Raikkula_vallavalitsus, lk 3
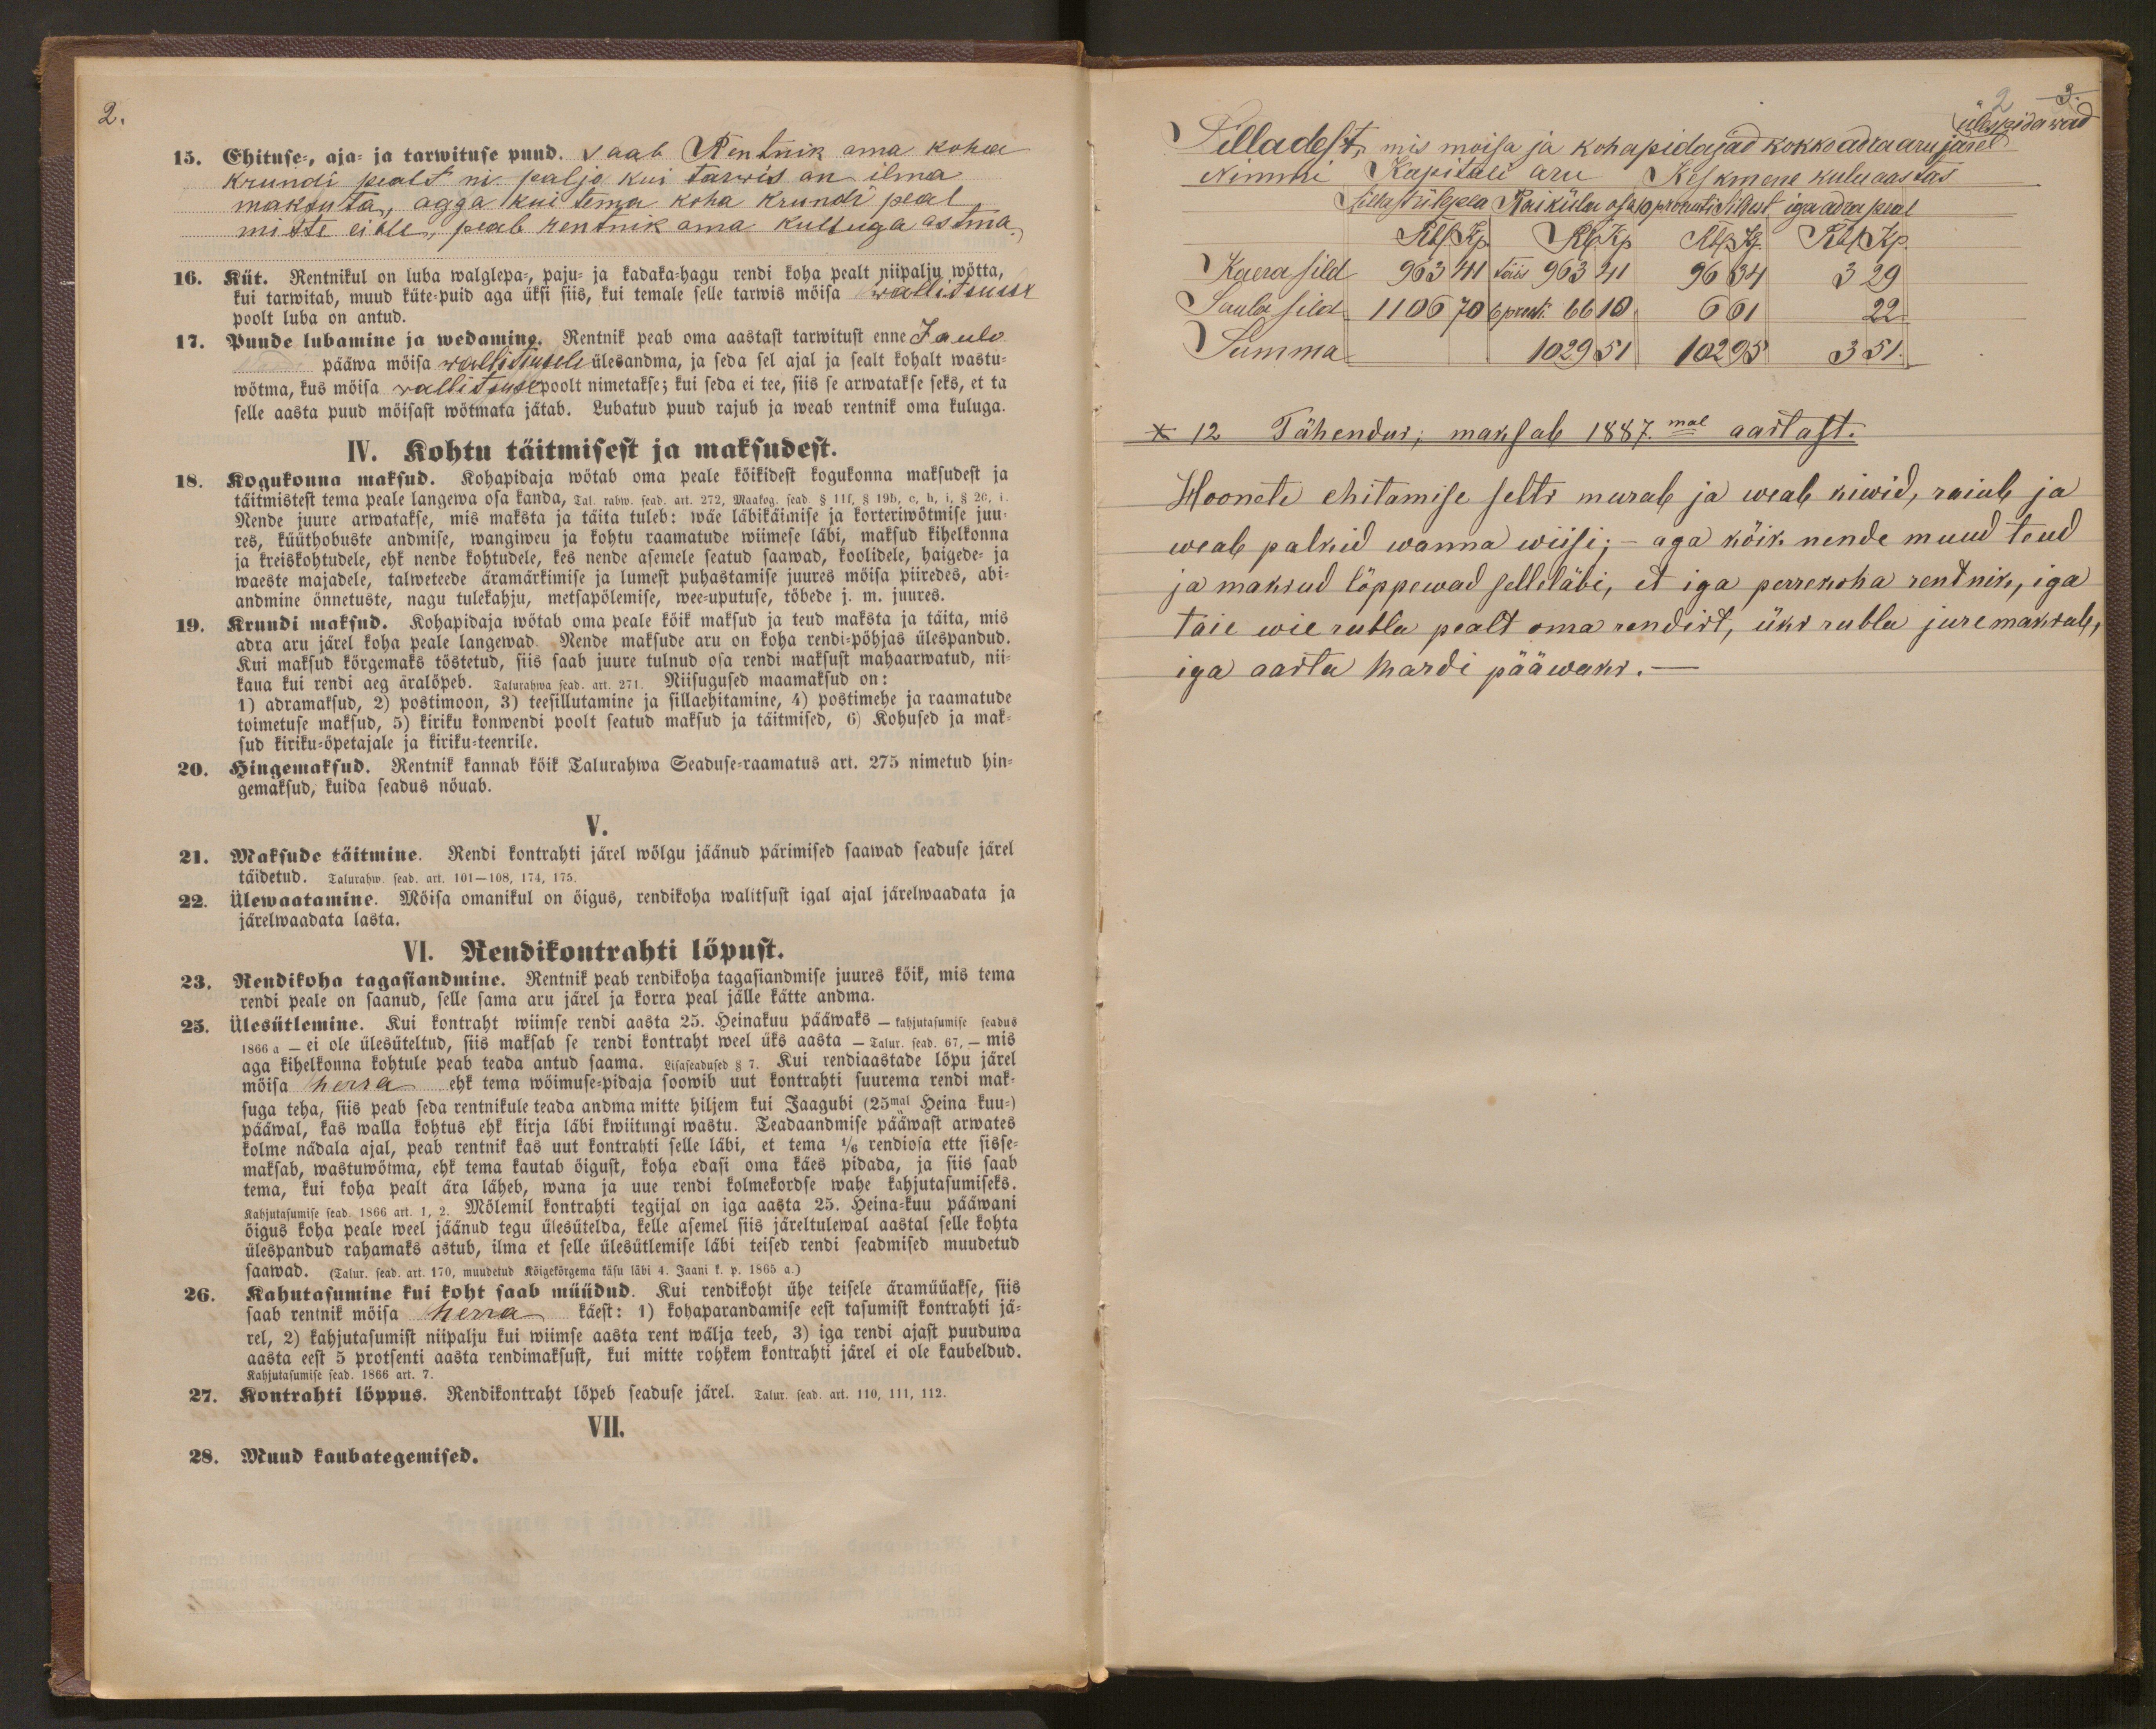
2.

13. Ehituse-, aja ja tarwituse puud. saab Rentnik oma koha
Krundi pealt ni paljo kui tarwis on ilma
maksuta, agga kui tema koha krundi peal
mitte ei ole, peab rentnik oma kulluga ostma,
16. Küt. Rentnikul on luba walglepa-, paju- ja kadaka-hagu rendi koha pealt niipalju wõtta,
kui tarwitab, muud kütepuid aga üksi siis, kui temale selle tarwis mõisa wallitamise
poolt luba on antud.
17. Puude lubamine ja wedamine. Rentnik peab oma aastast tarwitust enne La elo
pääwa mõisa wollistusele ülesandma, ja seda sel ajal ja sealt kohalt wastu-
wõtma, kus mõisa wollituse poolt nimetakse, kui seda ei tee, siis se arwatakse seks, et ta
selle aasta puud mõisast wõtmata jätab. lubatud puud rajub ja weab rentnik oma kuluga.
IV. Kohtu täitmisest ja maksudest.
18. Kogukonna maksud. Kohapidaja wõtab oma peale kõikidest kogukonnas maksadest ja
täitmistest tema peale langewa osa kanda, sai rahw. sead. art. 272. Maakog. sead. § 11f, § 19b, c, b, i,§ 2e i..
Nende juure arwatakse, mis maksta ja täita tuleb: wäe läbikäimise ja korteriwõtmise juu-
res, küüthobuste andmise, wangiweu ja kohtu raamatude wiimese läbi, maksud kihelkonna
ja kreiskohtudele, ehk nende kohtutele, kes nende asemele seatud saawad, koolidele, haigede- ja
waeste majadele, talweteede äramärkimise ja lumest puhastamise juures möisa piiredes, abi-
andmine önnetuste, nagu tulekahju, metsapölemise, wee-uputuse, töbede j. m. juures.
19. Krundi maksud. Kohapidaja wötab oma peale kõik makstud ja teud maksta ja täita, mis
adra aru järel koha peale langewad. Nende maksude aru on koha rendi-põhjas ülespandud.
Kui maksud körgemaks töstetud, siis saab juure tulnud osa rendi maksust mahaarwatud, nii-
kaua kui rendi aeg äralöpeb. Talurahwa sead. art. 27. Niisugused maamaksud on:
1) adramaksud, 2) postimoon, 3) teesillutamine ja sillaehitamine, 4) postimehe ja raamatude
toimetuse maksud, 5) kiriku konwendi poolt seatud maksud ja täitmised, 6) Kohused ja mak-
sud kiriku-õpetajale ja kirku-teenrile.
20. Hingemaksud. Rentnik kannab kõik Talurahwa Seaduse-raamatus art. 276 nimetud hin-
gemaksud, kuida seadus nõuab.
V.
21. Maksude täitmine. Rendi kontrakti järel wölgu jäänud pärimised saawad seaduse järele
täidetud. Talurahw. sead. art. 101 -108, 174 175
22. ülewaatamine. Kõisa omanikul on õigus, rendikoha walitsust igal ajal järelwaadata ja
järelwaadata lasta.
VI. Rendikontrakti lõpust.
23. Rendikoha tagasiandmine. Rentnik peab rendikoha tagasiandmise juures köik, mis tema
rendi peale on saanud, selle sama aru järel ja korra peal jälle kätte andma.
23. Ülesütlemine. Kui kontrakt wiimse rendi aasta 25. Heinaku pääwaks - kahjutasamise seadus
1866 a - ei ole ülesüteltud, siis maksab se rendi kontrakt weel üks aasta - Talur. sead. 67, - mis
aga kihelkonna kohtule peab teada antud saama. Lisaseadused § 7. Kui rendiaastade löpu järel
möisa herra ehk tema wöimuse-pidaja soowib uut kontrakti suurema rendi mak-
suga teha, siis peab seda rentnikule teada andma mitte hiljem kui Jaagubi (23mal Keina kuu-
pääwal, kas walla kohtus ehk kirja läbi kwiitungi wastu. Teadaandmise pääwast arwates
kolme nädala ajal, peab rentnik kas uut kontrakti selle läbi, et tema 1/6 rendiosa ette sisse-
maksab, wastuwötma, ehk tema kautab öigust, koha edasi oma käes pidada, ja siis saab
tema, kui koha pealt ära läheb, wana ja uue rendi kolmekordse wahe kahjutasumiseks
öigus koha peale weel jäänud tegu ülesütelda, kelle asemel siis järeltulewal aastal selle kohta
Kahjutasumise seab. 1866 art. 1, 2. Mölemil kontrakti tegijal on iga aasta 25. Heina-kuu pääwani-
ülespandud rahamaks astub, ilma et selle ülesütlemise läbi teised rendi seadmised muudetud
saawad. Talur. sead. art. 170, muudetud Köigekörgema käsu läbi 4. Jaani k. p. 1865 a.)
26. Kahutasumine kui koht saab müüdud. Kui rendikoht ühe teisele äramüüakse, siis
saab rentnik möisa herra käest: 1) kohaparandamise eest tasumist kontrahti jä-
rel. 2) kahjutasumist niipalju kui wiimse aasta rent wälja teeb, 3) iga rendi ajast puuduwa
aasta eest 5 protsenti aasta rendimaksust, kui mitte rohkem kontrakti järel ei ole kaubeldud.
Kahjutasumise sead. 1866 art. 7
27. Kontrakti löppus. Rendikontrakt löpeb seaduse järel. Talur. sead. art. 110, 111,
VII.
28. Muud kaubategemised.

9.
ülespidawad
Silladest, mis moisa ja kohapidajad kokko adra aru jarel
Nimmi Kapitali aru Keskmene kulu aastas
Sellest ülepea Raiküla osa 10 protsenti Sildest, iga adra jalal
Rbl Kp Rbl Kp Rbl Kp Rbl Kp
Kaera sild 963 41 täis 963 41 96 34
Saula sild 1106 70 6 punti 66 10 661 22
Summa 102951 10295 351.
* 12 Tähendus; maksab 1887.mal aastast.
Hoonete ehitamise selts murab ja weab kiwid, raiub ja
weab palkid wanna wiisi; - aga kõik nende muud teud
ja maksud lõppewad selleläbi, et iga perrekoha rentnik, iga
täie wie rubla pealt oma rendist, üks rubla jure maksab,
iga aasta Mardi pääwaks.-